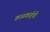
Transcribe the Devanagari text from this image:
काळकाईची